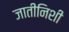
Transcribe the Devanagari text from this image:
जातीनिशी